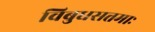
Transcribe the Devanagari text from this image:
विबुधसत्तमाः